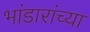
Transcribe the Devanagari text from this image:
भांडारांच्या